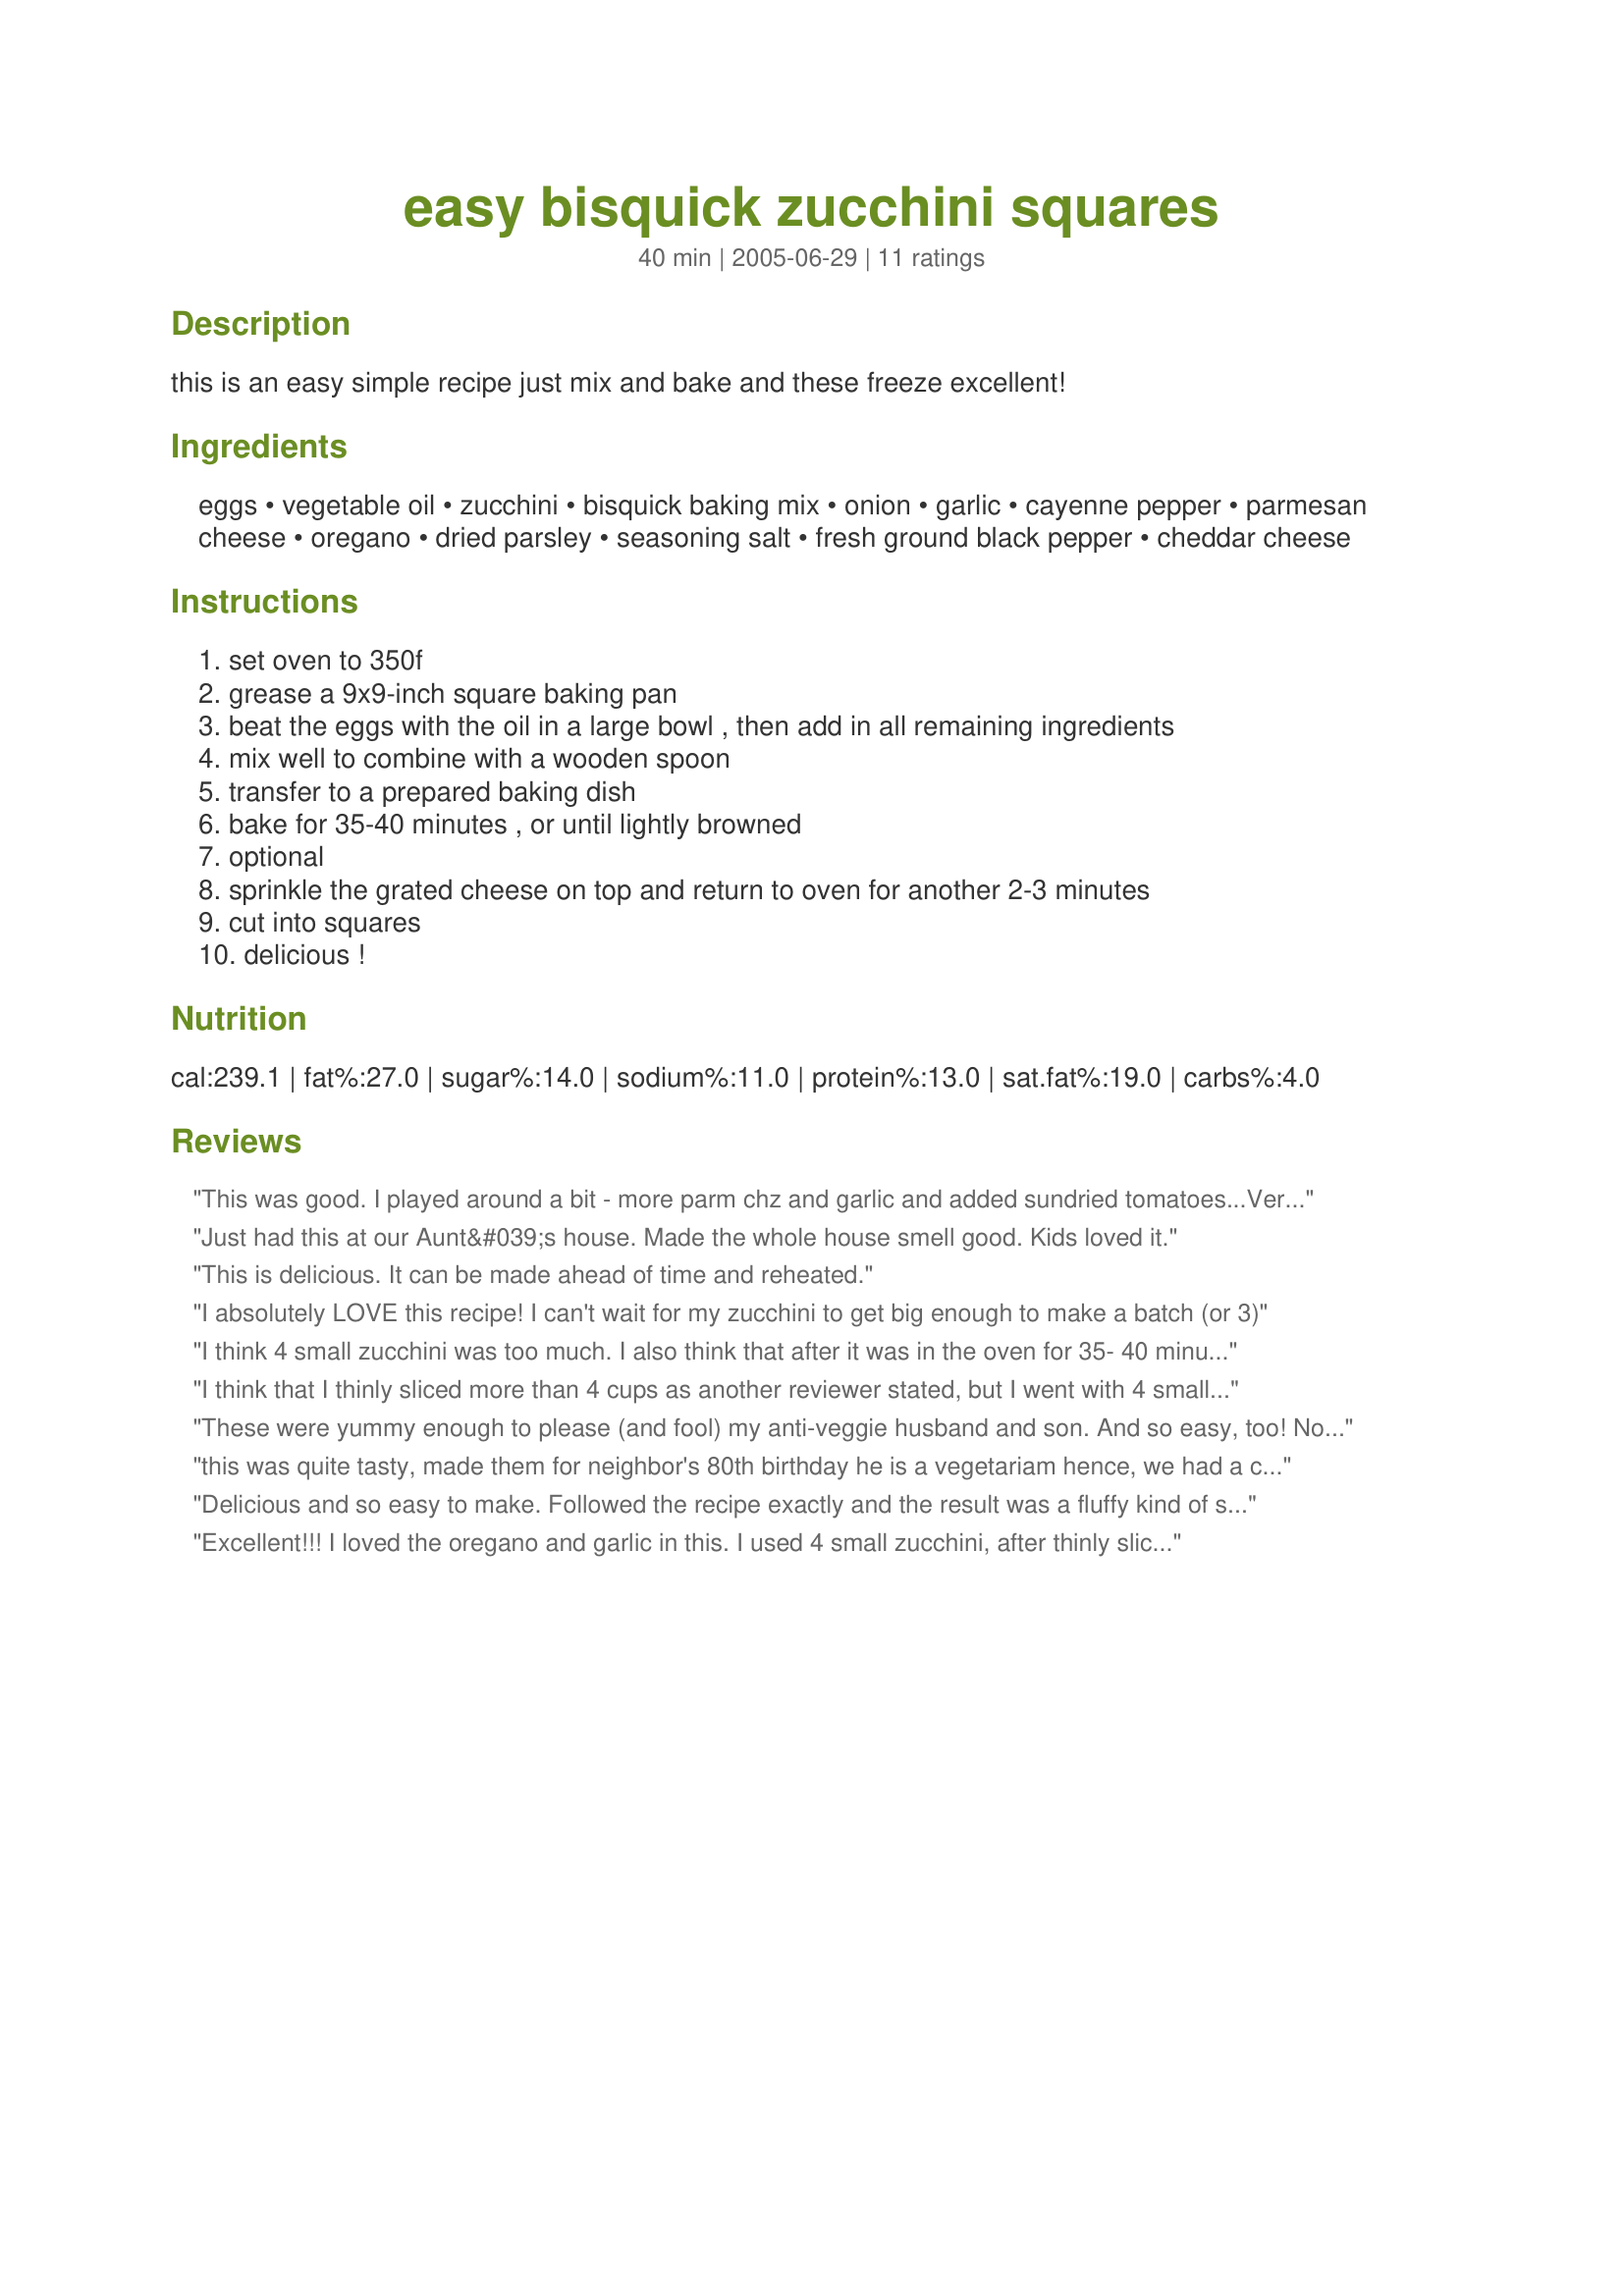
easy bisquick zucchini squares
Preparation time: 40 minutes

this is an easy simple recipe just mix and bake and these freeze excellent!

Ingredients:
eggs, vegetable oil, zucchini, bisquick baking mix, onion, garlic, cayenne pepper, parmesan cheese, oregano, dried parsley, seasoning salt, fresh ground black pepper, cheddar cheese

Steps:
set oven to 350f
grease a 9x9-inch square baking pan
beat the eggs with the oil in a large bowl , then add in all remaining ingredients
mix well to combine with a wooden spoon
transfer to a prepared baking dish
bake for 35-40 minutes , or until lightly browned
optional
sprinkle the grated cheese on top and return to oven for another 2-3 minutes
cut into squares
delicious !

Reviews:
This was good. I played around a bit - more parm chz and garlic and added sundried tomatoes...Very easy
Just had this at our Aunt&#039;s house. Made the whole house smell good. Kids loved it.
This is delicious. It can be made ahead of time and reheated.
I absolutely LOVE this recipe! I can't wait for my zucchini to get big enough to make a batch (or 3)
I think 4 small zucchini was too much. I also think that after it was in the oven for 35- 40 minutes as per the recipe it was still soft.
I think that I thinly sliced more than 4 cups as another reviewer stated, but I went with 4 small zuch. Although, I think that my small and someone elses small are very diff. But so far this year, dh has managed to pick before shoe size :) so I am able to keep up on supply :) I cooked mine in a 13x9 inch glass dish so it probably was not as thick, maybe it was an inch or so. It did take the whole 40 minutes and I would cook it longer by about 5 or more minutes, as I liked the golden taste. Dh came in with some fresh chiles as I was pouring this into the pan, he says why don't you cut up one or two of these and put them in? Too late for that dish but the next time :) I will try that and sub out for the cayenne (although dragon husband would like to have them both. I like to be able to enjoy my food, so I make him eat some chiles on the side, adding some to a dish. I like that saying you can always add but you can't take out). This dish is a very very nice dish that is extremely easy to fix, very little clean up with a great taste! Thank you Carol for posting this, it is one I will return too.
These were yummy enough to please (and fool) my anti-veggie husband and son. And so easy, too! Now I know how to get rid of all the excess zucchini I'll have this summer. Thanks!
this was quite tasty, made them for neighbor's 80th birthday he is a vegetariam hence, we had a completly vegetarian menu the guest of honor enjoyed this treat very much
Delicious and so easy to make. Followed the recipe exactly and the result was a fluffy kind of souffle. Sprinkled with Cheddar and next time will try mozarella. Thanks for sharing, Kitten!
Excellent!!! I loved the oregano and garlic in this. I used 4 small zucchini, after thinly slicing each I measured them. So for anyone else that would like to know 4 small zucchini equal 4 cups of thinly sliced whatever size of zucchini you have in your garden. I know ours get as large as a watermelon sometimes. LOL I'll be keeping this recipe, that is for sure! I forgot to say I put this in my Le Creuset 8 1/2 x 10 1/2 baking dish and baked an extra 15 minutes. Made for 1-2-3 Hit Wonders 2006
This recipe is AWESOME, and I am not a veggie lover! I grate the zucchini but otherwise follow the recipe as posted and we just love it, love it, love it! Thanks for sharing!
